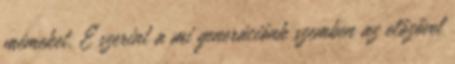
mémeket. E szerint a mi generációnk szemben az előzővel